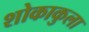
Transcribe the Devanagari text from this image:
शोकाकुला